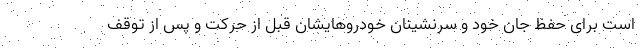
است برای حفظ جان خود و سرنشینان خودروهایشان قبل از حرکت و پس از توقف